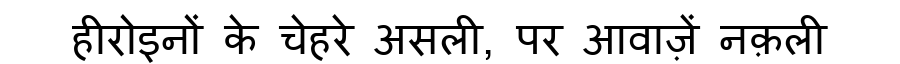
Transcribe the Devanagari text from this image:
हीरोइनों के चेहरे असली, पर आवाज़ें नक़ली